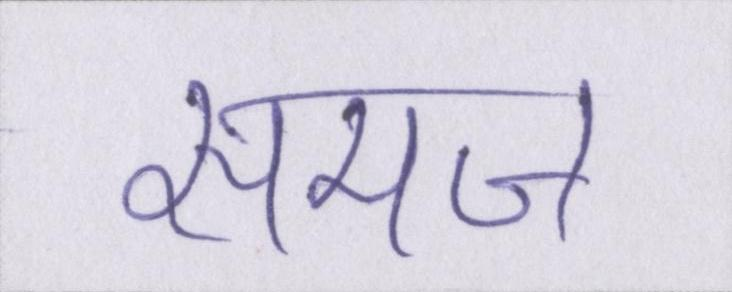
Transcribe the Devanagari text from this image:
सामज